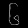
Digit: ၆